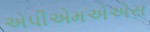
એપીએમએએસ